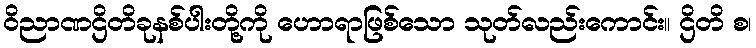
ဝိညာဏဌိတိခုနစ်ပါးတို့ကို ဟောရာဖြစ်သော သုတ်လည်းကောင်း။ ဌိတိ စ၊